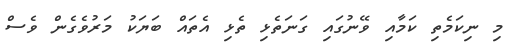
މި ނިކަމެތި ކަމާއި ވޭނުގައި ގަނަތެޅި ތެޅި އެތައް ބަޔަކު މަރުވެގެން ވެސް